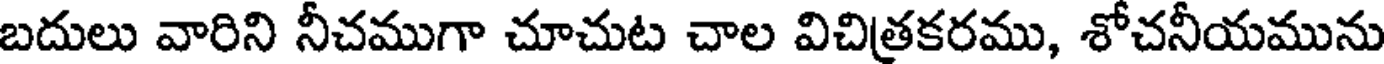
బదులు వారిని నీచముగా చూచుట చాల విచిత్రకరము, శోచనీయమును